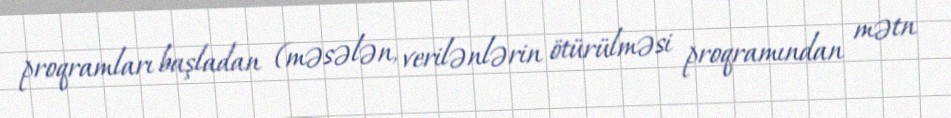
proqramları başladan (məsələn, verilənlərin ötürülməsi proqramından mətn